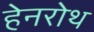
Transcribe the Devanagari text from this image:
हेनरोथ